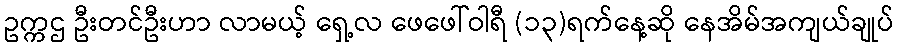
ဥက္ကဌ ဦးတင်ဦးဟာ လာမယ့် ရှေ့လ ဖေဖေါ်ဝါရီ (၁၃)ရက်နေ့ဆို နေအိမ်အကျယ်ချုပ်